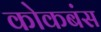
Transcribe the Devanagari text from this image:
कोकबंस